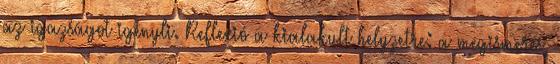
az igazságot igényli. Reflexió a kialakult helyzetre: a megismerés,